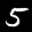
Label: 5